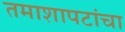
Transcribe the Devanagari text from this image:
तमाशापटांचा